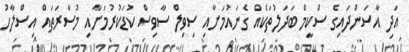
އަދި އާސަންދައިގެ ސްކީމް ބަދަލުތަކެއް ގެނައުމަށާއި ސިވިލް ސާވިސް ކުޑަކުރުމަށާއި މުސާރަތައް އިސްލާހު